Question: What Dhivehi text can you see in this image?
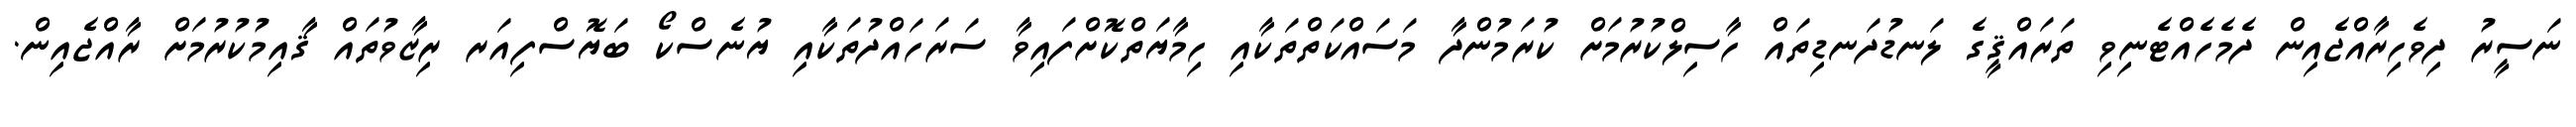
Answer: ނަސީރު ދިވެހިރާއްޖެއިން ދެމެހެއްޓެނިވި ތަރައްޤީގެ ލަނޑުދަނޑިތައް ހާސިލްކުރުމަށް ކުރަމުންދާ މަސައްކަތްތަކާއި ހިމާޔަތްކޮށްފައިވާ ސަރަހައްދުތަކާއި ޔުނެސްކޯ ބަޔޮސްފިއަރ ރިޒާވުތައް ޤާއިމުކުރުމަށް ރާއްޖެއިން.